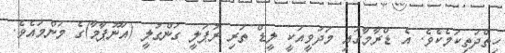
ހިތްދަތިކަމެކެވެ. އެ ޑްރާމާގައި މަދަވީއަކީ ލީޑް ތަރި ރުޕަލީ ގަންގުލީ (އަނޫޕާމާ)ގެ މަންމައެވެ.